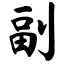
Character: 副